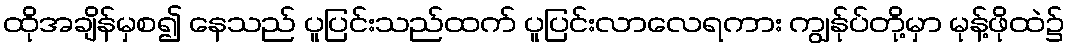
ထိုအချိန်မှစ၍ နေသည် ပူပြင်းသည်ထက် ပူပြင်းလာလေရကား ကျွန်ုပ်တို့မှာ မုန့်ဖိုထဲ၌